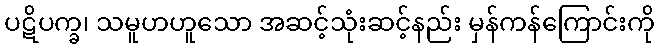
ပဋိပက္ခ၊ သမူဟဟူသော အဆင့်သုံးဆင့်နည်း မှန်ကန်ကြောင်းကို